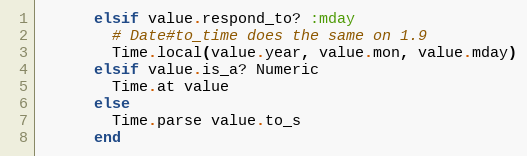
Language: Ruby
      elsif value.respond_to? :mday
        # Date#to_time does the same on 1.9
        Time.local(value.year, value.mon, value.mday)
      elsif value.is_a? Numeric
        Time.at value
      else
        Time.parse value.to_s
      end